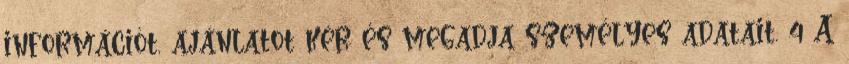
információt, ajánlatot kér és megadja személyes adatait. 4 A